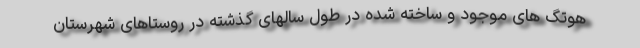
هوتگ های موجود و ساخته شده در طول سالهای گذشته در روستاهای شهرستان